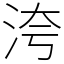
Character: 洿